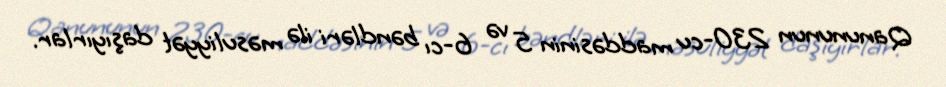
Qanununun 230-cu maddəsinin 5 və 6-cı bəndləri ilə məsuliyyət daşıyırlar.